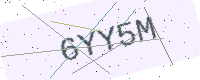
Text: 6YY5M